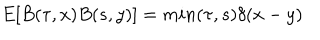
LaTeX: E [ B ( \tau , x ) B ( s , y ) ] = m i n ( \tau , s ) \delta ( x - y )